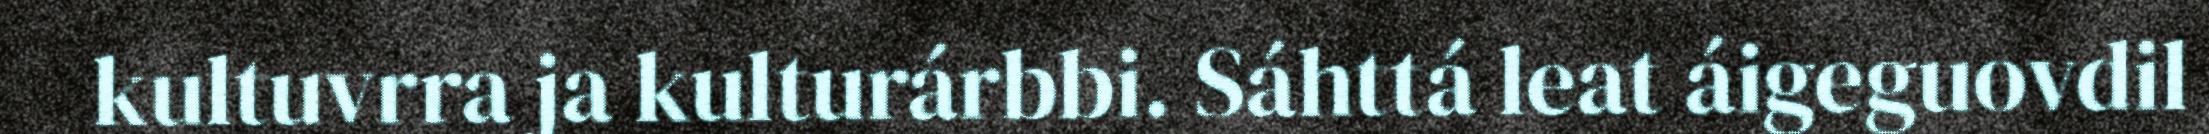
kultuvrra ja kulturárbbi. Sáhttá leat áigeguovdil